Vaccination in Burma 1912-1922 - 1912-1922
Year: 1912
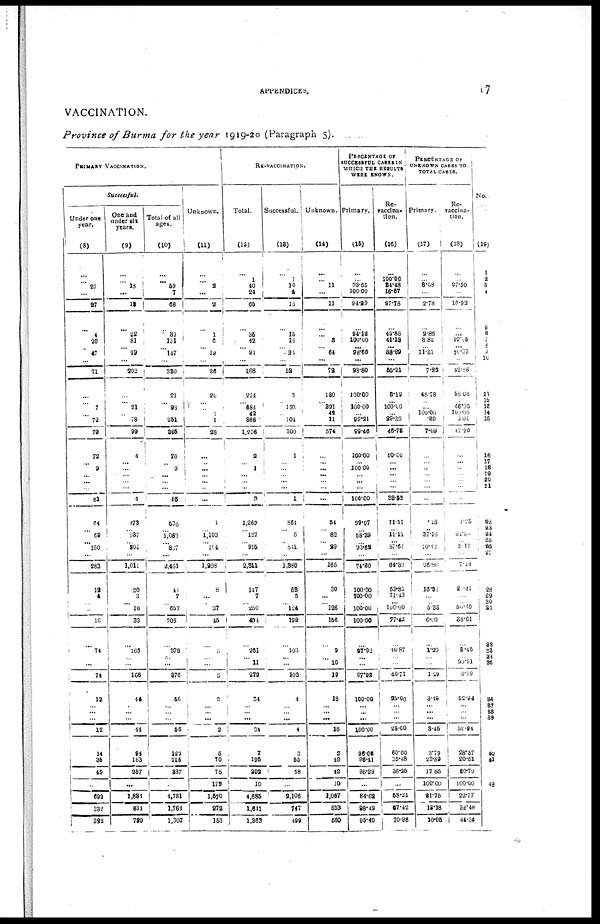
APPENDICES.
17
VACCINATION.
Province of Burma for the year 1919-20 (Paragraph 5).
PRIMARY VACCINATION.
Successful.
Under one
year.
(8)
...
... 27
...
27
...
4
20
... 47
...
71
...
... 7
... 72
79
72
... 9
...
...
...
81
64
... 68
... 150
...
283
12
4
...
...
16
...
74
... ...
74
12
...
...
...
12
14
35 49
...
692
332
332
One and
under six
years.
(9)
...
...
18
...
12
...
22
81
...
99
...
202
...
... 21
...
78
99
4
...
...
...
...
...
4
473
... 337
...
201
...
1,011
20
3
... 10
33
...
166
...
...
166
44
... ...
...
44
94
163
257
...
1,884
834
720
Total of all
ages.
(10)
...
... 59
7
68
...
32
151
... 147
...
330
21
... 93
... 251
365
76
...
9
...
... ...
85
535
... 1,089
... 837
...
2,461
41
7
...
657
705
...
376
... ...
376
56
...
...
...
56
123
215
337
...
4,781
1,764
1,307
Unknown.
(11)
...
... 2
...
2
...
1
6
...
19
...
25
20
...
...
7
1
28
...
... ...
...
...
...
...
1
... 1,103
... 104
...
1,208
8
...
...
37
45
...
3
... ...
5
2
...
...
...
2
5
70
75
179
1,570
272
153
RE-VACCINATION.
Total.
(12)
...
1
40
24
65
...
35
42
... 91
...
168
224
... 684
42
866
1,216
2
...
1
...
...
...
3
1,269
... 127
...
915
...
2,311
147
7
...
250
401
...
261
...
11
272
34
...
...
...
34
7
195
202
10
4,685
1,641
1,263
Successful.
(13)
...
1
10
4
15
...
15
14
...
24
...
53
3
...
193
...
104
300
1
...
...
...
...
...
1
864
...
5
...
511
...
1,980
63
5
... 124
192
...
103
...
...
103
4
...
...
...
4
3
55
58
...
2,106
747
499
Unknown.
(14)
...
...
11
...
11
...
...
8
...
64
...
72
180
... 391
42
11
574
...
...
...
...
... ...
...
64
...
82
...
29
...
165
30
...
...
126
156
...
9
...
10
19
18
...
...
...
18
2
40
42
10
1,067
539
560
PERCENTAGE OF
SUCCESSFUL CASES IN
WHICH THE RESULTS
WERE KNOWN.
Primary.
(15)
...
... 93.65
100.00
94.29
...
94.12
100.00
...
98.56
...
98.80
100.00
... 100.00
...
99.21
99.46
100.00
...
100.00
...
...
...
100.00
99.07
... 58.39
... 93.62
...
74.80
100.00
100.00
...
100.00
100.00
...
97.92
...
...
97.98
100.00
... ...
...
100.00
96.06
96.41
96.29
...
84.62
98.49
95.40
Re-
vaccina-
tion.
(16)
...
100.00
84.48
16.67
27.78
...
42.86
41.18
...
88.89
...
55.21
8.19
...
100.10
... 29.80
46.78
60.00
... ...
...
... ...
38.83
71.11
... 11.11
... 57.67
...
64.30
53.85
71.43
... 100.00
77.42
...
40.87
...
...
40.71
25.00
...
...
...
26.00
60.00
36.48
36.22
...
68.21
67.42
70.98
PERCENTAGE OF
UNKNOWN CASES TO
TOTAL CASES.
Primary.
(17)
...
... 8.08
...
2.78
...
2.86
3.82
...
11.81
...
7.22
48.78
...
... 100.00
.89
7.09
...
...
...
...
... ...
...
.18
... 37.16
... 10.12
...
26.80
16.83
...
... 5.33
6.00
...
1.29
...
...
1.29
3.45
... ...
...
3.45
3.79
23.89
17.65
100.00
31.75
18.18
10.05
Re-
vaccina-
tion.
(18)
...
... 27.50
...
10.92
...
...
10.05
... 70.33
...
42.86
58.04
... 36.95
100.00
3.01
17.20
...
...
...
...
...
...
...
4.25
... 01.00
... 8.17
...
7.14
2.41
...
... 56.10
38.61
...
6.45
... 90.91
6.99
52.94
...
...
...
52.94
28.57
20.51
20.79
100.00
22.77
32.48
44.34
No.
(19)
1
2
3
4
5
6
7 8
9
10
11
12
13
14
15
16
17
18
19
20
21
...
22
23 24
25
26
27
28
29
30
31
88
33
34
35
36
37
38
39
40
41
...
42